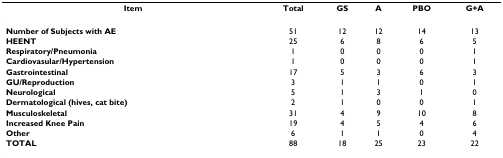
<table><thead><tr><td><b>Item</b></td><td><b>Total</b></td><td><b>GS</b></td><td><b>A</b></td><td><b>PBO</b></td><td><b>G+A</b></td></tr></thead><tbody><tr><td><b>Number of Subjects with AE</b></td><td>51</td><td>12</td><td>12</td><td>14</td><td>13</td></tr><tr><td><b>HEENT</b></td><td>25</td><td>6</td><td>8</td><td>6</td><td>5</td></tr><tr><td><b>Respiratory/Pneumonia</b></td><td>1</td><td>0</td><td>0</td><td>0</td><td>1</td></tr><tr><td><b>Cardiovasular/Hypertension</b></td><td>1</td><td>0</td><td>0</td><td>0</td><td>1</td></tr><tr><td><b>Gastrointestinal</b></td><td>17</td><td>5</td><td>3</td><td>6</td><td>3</td></tr><tr><td><b>GU/Reproduction</b></td><td>3</td><td>1</td><td>1</td><td>0</td><td>1</td></tr><tr><td><b>Neurological</b></td><td>5</td><td>1</td><td>3</td><td>1</td><td>0</td></tr><tr><td><b>Dermatological (hives, cat bite)</b></td><td>2</td><td>1</td><td>0</td><td>0</td><td>1</td></tr><tr><td><b>Musculoskeletal</b></td><td>31</td><td>4</td><td>9</td><td>10</td><td>8</td></tr><tr><td><b>Increased Knee Pain</b></td><td>19</td><td>4</td><td>5</td><td>4</td><td>6</td></tr><tr><td><b>Other</b></td><td>6</td><td>1</td><td>1</td><td>0</td><td>4</td></tr><tr><td><b>TOTAL</b></td><td>88</td><td>18</td><td>25</td><td>23</td><td>22</td></tr></tbody></table>